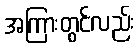
အကြားတွင်လည်း